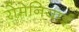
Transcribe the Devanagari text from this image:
रोमेनियाई